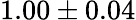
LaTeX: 1.00\pm 0.04